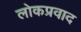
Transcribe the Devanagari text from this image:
लोकप्रवाद